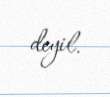
deyil.